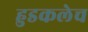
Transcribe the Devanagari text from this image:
हुडकलेच